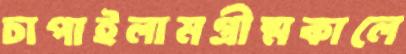
চাপাইলামগ্রীষ্মকালে